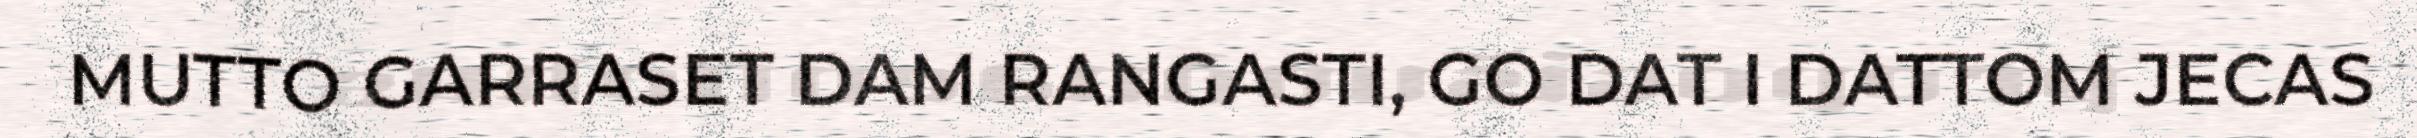
MUTTO GARRASET DAM RANGASTI, GO DAT I DATTOM JECAS